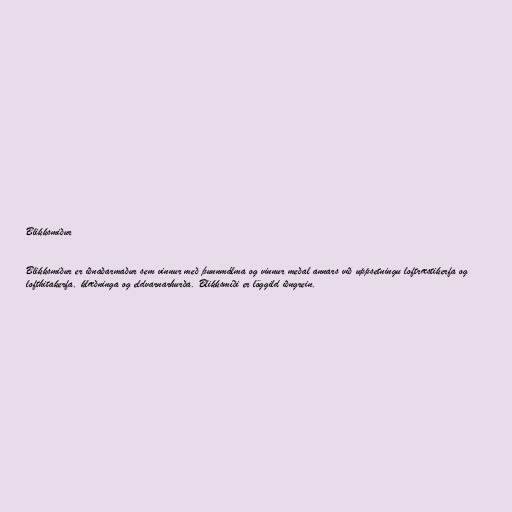
Blikksmiður

Blikksmiður er iðnaðarmaður sem vinnur með þunnmálma og vinnur meðal annars við uppsetningu loftræstikerfa og
lofthitakerfa, klæðninga og eldvarnarhurða. Blikksmíði er löggild iðngrein.